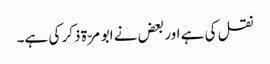
نقل کی ہے اور بعض نے ابو مرّۃ ذکر کی ہے۔